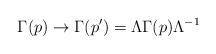
LaTeX: \begin{align*}\Gamma (p)\rightarrow \Gamma (p^{\prime })=\Lambda \Gamma (p)\Lambda ^{-1}\end{align*}